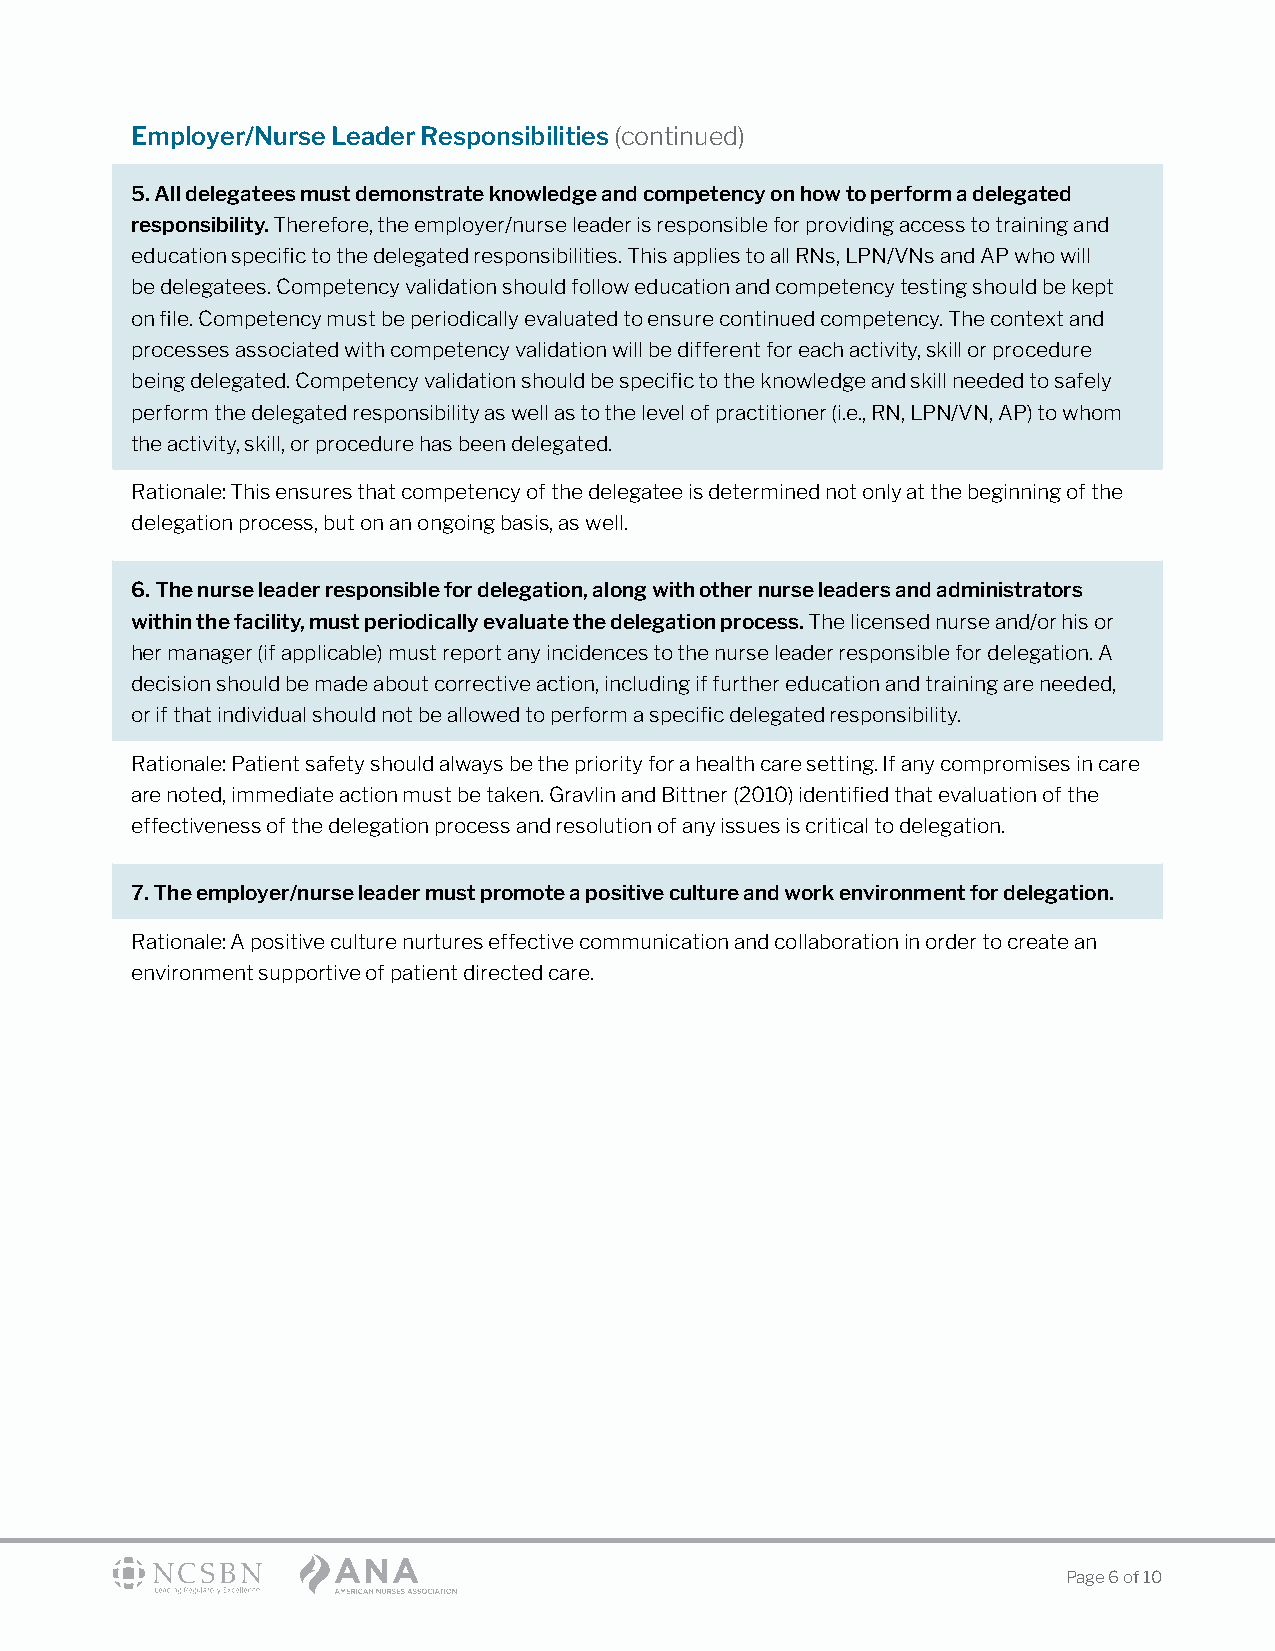
Employer/Nurse Leader Responsibilities (continued)
 5. All delegatees must demonstrate knowledge and competency on how to perform a delegated
 responsibility. Therefore, the employer/nurse leader is responsible for providing access to training and
 education specific to the delegated responsibilities. This applies to all RNs, LPN/VNs and AP who will
 be delegatees. Competency validation should follow education and competency testing should be kept
 on file. Competency must be periodically evaluated to ensure continued competency. The context and
 processes associated with competency validation will be different for each activity, skill or procedure
 being delegated. Competency validation should be specific to the knowledge and skill needed to safely
 perform the delegated responsibility as well as to the level of practitioner (i.e., RN, LPN/VN, AP) to whom
 the activity, skill, or procedure has been delegated.
 Rationale: This ensures that competency of the delegatee is determined not only at the beginning of the
 delegation process, but on an ongoing basis, as well.
 6. The nurse leader responsible for delegation, along with other nurse leaders and administrators
 within the facility, must periodically evaluate the delegation process. The licensed nurse and/or his or
 her manager (if applicable) must report any incidences to the nurse leader responsible for delegation. A
 decision should be made about corrective action, including if further education and training are needed,
 or if that individual should not be allowed to perform a specific delegated responsibility.
 Rationale: Patient safety should always be the priority for a health care setting. If any compromises in care
 are noted, immediate action must be taken. Gravlin and Bittner (2010) identified that evaluation of the
 effectiveness of the delegation process and resolution of any issues is critical to delegation.
 7. The employer/nurse leader must promote a positive culture and work environment for delegation.
 Rationale: A positive culture nurtures effective communication and collaboration in order to create an
 environment supportive of patient directed care.
 Page 6 of 10